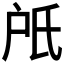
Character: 𣱆